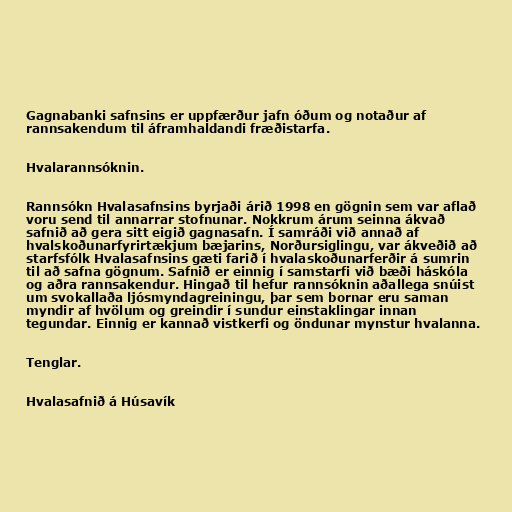
Gagnabanki safnsins er uppfærður jafn óðum og notaður af
rannsakendum til áframhaldandi fræðistarfa.

Hvalarannsóknin.

Rannsókn Hvalasafnsins byrjaði árið 1998 en gögnin sem var aflað
voru send til annarrar stofnunar. Nokkrum árum seinna ákvað
safnið að gera sitt eigið gagnasafn. Í samráði við annað af
hvalskoðunarfyrirtækjum bæjarins, Norðursiglingu, var ákveðið að
starfsfólk Hvalasafnsins gæti farið í hvalaskoðunarferðir á sumrin
til að safna gögnum. Safnið er einnig í samstarfi við bæði háskóla
og aðra rannsakendur. Hingað til hefur rannsóknin aðallega snúist
um svokallaða ljósmyndagreiningu, þar sem bornar eru saman
myndir af hvölum og greindir í sundur einstaklingar innan
tegundar. Einnig er kannað vistkerfi og öndunar mynstur hvalanna.

Tenglar.

Hvalasafnið á Húsavík